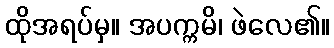
ထိုအရပ်မှ။ အပက္ကမိ၊ ဖဲလေ၏။